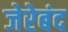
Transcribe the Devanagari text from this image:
जेरेबंद